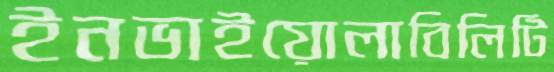
ইনভাইয়োলাবিলিটি